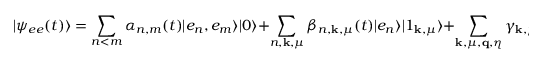
\vert \psi _ { e e } ( t ) \rangle = \sum _ { n < m } \alpha _ { n , m } ( t ) \vert e _ { n } , e _ { m } \rangle \vert 0 \rangle + \sum _ { n , \mathbf { k } , \mu } \beta _ { n , \mathbf { k } , \mu } ( t ) \vert e _ { n } \rangle \vert 1 _ { \mathbf { k } , \mu } \rangle + \sum _ { \mathbf { k } , \mu , \mathbf { q } , \eta } \gamma _ { \mathbf { k } , \mu , \mathbf { q } , \eta } ( t ) \vert G \rangle \vert 1 _ { \mathbf { k } , \mu } , 1 _ { \mathbf { q } , \eta } \rangle